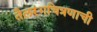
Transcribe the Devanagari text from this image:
तैलरंगचित्रणाची